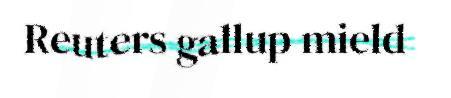
Reuters gallup mield